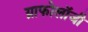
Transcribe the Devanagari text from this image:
ग्राफोलॉजी